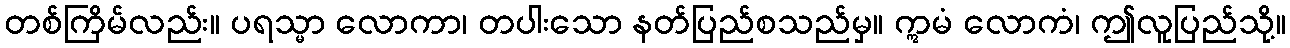
တစ်ကြိမ်လည်း။ ပရသ္မာ လောကာ၊ တပါးသော နတ်ပြည်စသည်မှ။ ဣမံ လောကံ၊ ဤလူပြည်သို့။